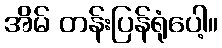
အိမ် တန်းပြန်ရုံပေါ့။